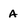
Character: a